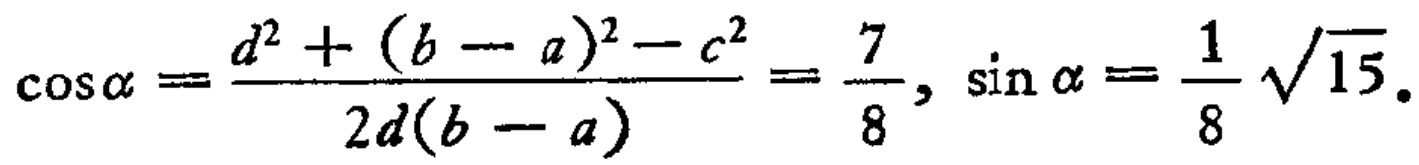
\(\cos\alpha =\frac{d^{2}+(b - a)^{2}-c^{2}}{2d(b - a)}=\frac{7}{8}, \sin\alpha =\frac{1}{8}\sqrt{15}.\)